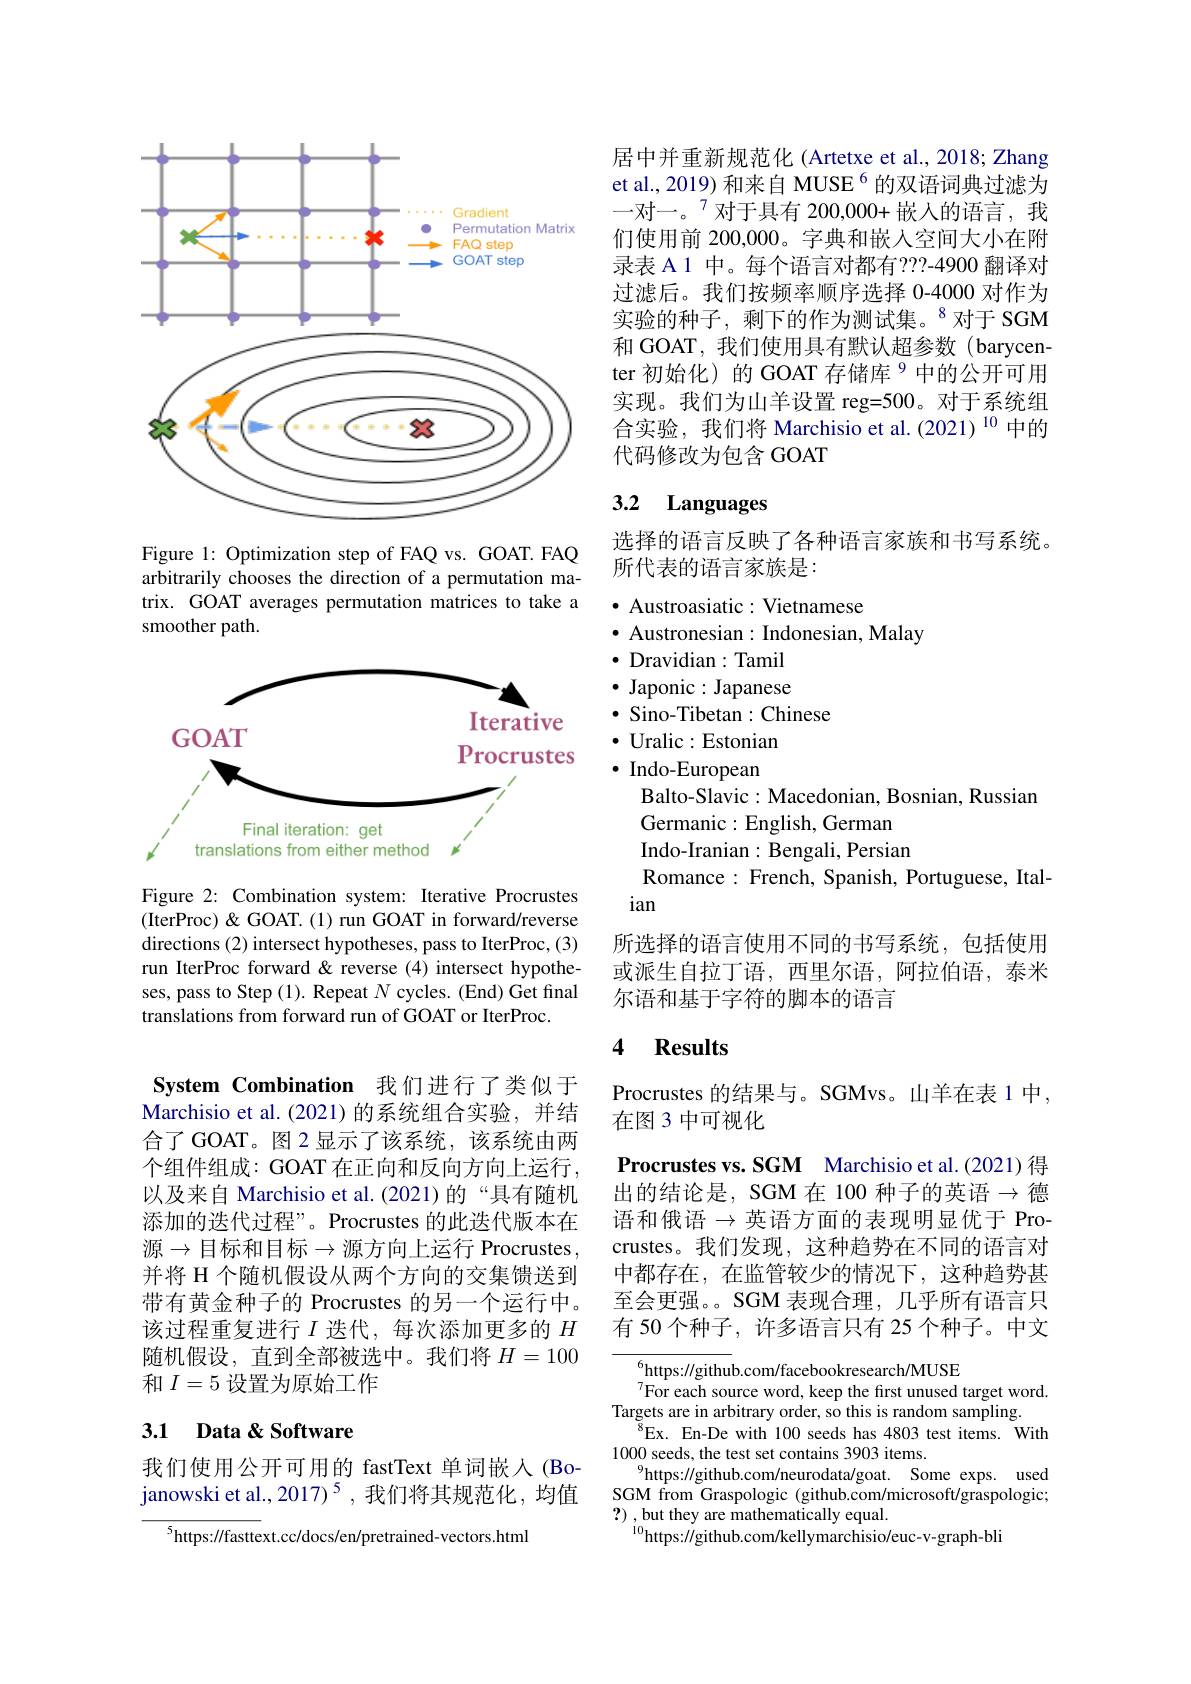
<FigureHere>

Figure 1: Optimization step of FAQ vs. GOAT. FAQ arbitrarily chooses the direction of a permutation matrix. GOAT averages permutation matrices to take a smoother path.

<FigureHere>

Figure 2: Combination system: Iterative Procrustes (IterProc)&GOAT.(1) run GOAT in forward/reverse directions (2) intersect hypotheses, pass to IterProc, (3) run IterProc forward & reverse (4) intersect hypotheses, pass to Step (1). Repeat $N$ cycles. (End) Get final translations from forward run of GOAT or IterProc.

System Combination 我们进行了类似于Marchisio et al.(2021)的系统组合实验，并结合了 GOAT。图 2 显示了该系统，该系统由两个组件组成：GOAT 在正向和反向方向上运行， 以及来自 Marchisio et al. (2021)的“具有随机添加的迭代过程”。Procrustes 的此迭代版本在源$\to$目标和目标$\to$源方向上运行 Procrustes, 并将 H 个随机假设从两个方向的交集馈送到带有黄金种子的 Procrustes 的另一个运行中。该过程重复进行$I$迭代，每次添加更多的$H$ 随机假设，直到全部被选中。我们将$H=100$ 和$I=5$设置为原始工作

## 3.1 Data& Software

我们使用公开可用的 fastText 单词嵌人 (Bojanowski et al., 2017)$^5$,我们将其规范化，均值

$^{5}$https://fasttext.cc/docs/en/pretrained-vectors.html

居中并重新规范化 (Artetxe et al., 2018; Zhang et al., 2019) 和来自 MUSE $^{6}$的双语词典过滤为一对一。$^{7}$对于具有 200,000+ 嵌人的语言，我们使用前 200,000。字典和嵌人空间大小在附录表 A 1 中。每个语言对都有 ???-4900 翻译对过滤后。我们按频率顺序选择 0-4000 对作为实验的种子，剩下的作为测试集。$^{8}$对于 SGM 和 GOAT, 我们使用具有默认超参数 (barycenter 初始化)的 GOAT 存储库 9 中的公开可用实现。我们为山羊设置 reg=500。对于系统组合实验，我们将 Marchisio et al.(2021) $^{10}$中的代码修改为包含 GOAT

# 3.2 Languages

选择的语言反映了各种语言家族和书写系统
所代表的语言家族是：

$\bullet$ Austroasiatic: Vietnamese
$\bullet$ Austronesian:Indonesian, Malay
$\cdot$ Dravidian:Tamil $\bullet$ Japonic: Japanese $\cdot$ Sino-Tibetan:Chinese
$\cdot$ Uralic:Estonian $\cdot$ Indo-European
Balto- Slavic: Macedonian, Bosnian, Russian
Germanic: English, German Indo-Iranian: Bengali, Persian Romance: French, Spanish, Portuguese, Ital-
ian
所选择的语言使用不同的书写系统，包括使用或派生自拉丁语，西里尔语，阿拉伯语，泰米尔语和基于字符的脚本的语言

## 4 Results

Procrustes 的结果与。SGMvs。山羊在表 1 中，
在图 3 中可视化
Procrustes vs. SGM Marchisio et al.(2021) 得出的结论是，SGM 在 100 种子的英语$\to$德语和俄语$\to$英语方面的表现明显优于 Procrustes。我们发现，这种趋势在不同的语言对中都存在，在监管较少的情况下，这种趋势甚至会更强。。SGM 表现合理，几乎所有语言只有 50 个种子，许多语言只有 25 个种子。中文

$^{6}$https://github.com/facebookresearch/MUSE
$^{7}$For each source word, keep the first unused target word.
Targets are in arbitrary order, so this is random sampling.
${}^{8}$Ex. En-De with 100 seeds has 4803 test items. With
1000 seeds, the test set contains 3903 items.
$^{9}$https://github.com/neurodata/goat. Some exps. used SGM from Graspologic (github.com/microsoft/graspologic; ?) , but they are mathematically equal.
$^{10}$https://github.com/kellymarchisio/euc-v-graph-bli